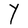
Character: Y